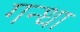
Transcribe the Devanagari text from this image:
गन्धा